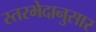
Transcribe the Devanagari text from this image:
स्तरभेदानुसार